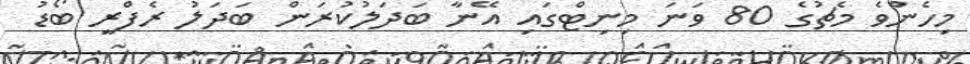
މިހެންވެ މެޗުގެ 80 ވަނަ މިނިޓްގައި އޭނާ ބަދަލުކުރަން ބަދަލު ރެފްރީ ބޯޑު